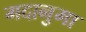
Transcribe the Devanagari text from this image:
गदानुमा